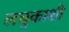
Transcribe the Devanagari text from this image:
लघुकाशी